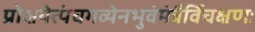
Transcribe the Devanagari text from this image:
प्रोक्षयेत्पंचगव्येनभुवंमंत्रैर्विचक्षणः